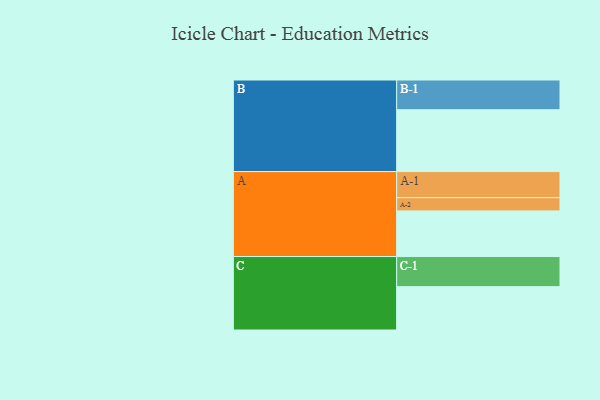
{"axis": {"x": "Segment", "y": "Value"}, "legend": ["", "A", "B", "C"], "data": [{"x": "A", "y": 360, "type": ""}, {"x": "B", "y": 488, "type": ""}, {"x": "C", "y": 342, "type": ""}, {"x": "A-1", "y": 206, "type": "A"}, {"x": "A-2", "y": 105, "type": "A"}, {"x": "B-1", "y": 235, "type": "B"}, {"x": "C-1", "y": 238, "type": "C"}]}